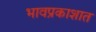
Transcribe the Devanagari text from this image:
भावप्रकाशात